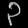
Digit: ၃